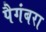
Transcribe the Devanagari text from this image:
पैगंबरा